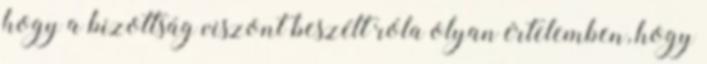
hogy a bizottság viszont beszélt róla olyan értelemben, hogy